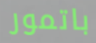
باتمور